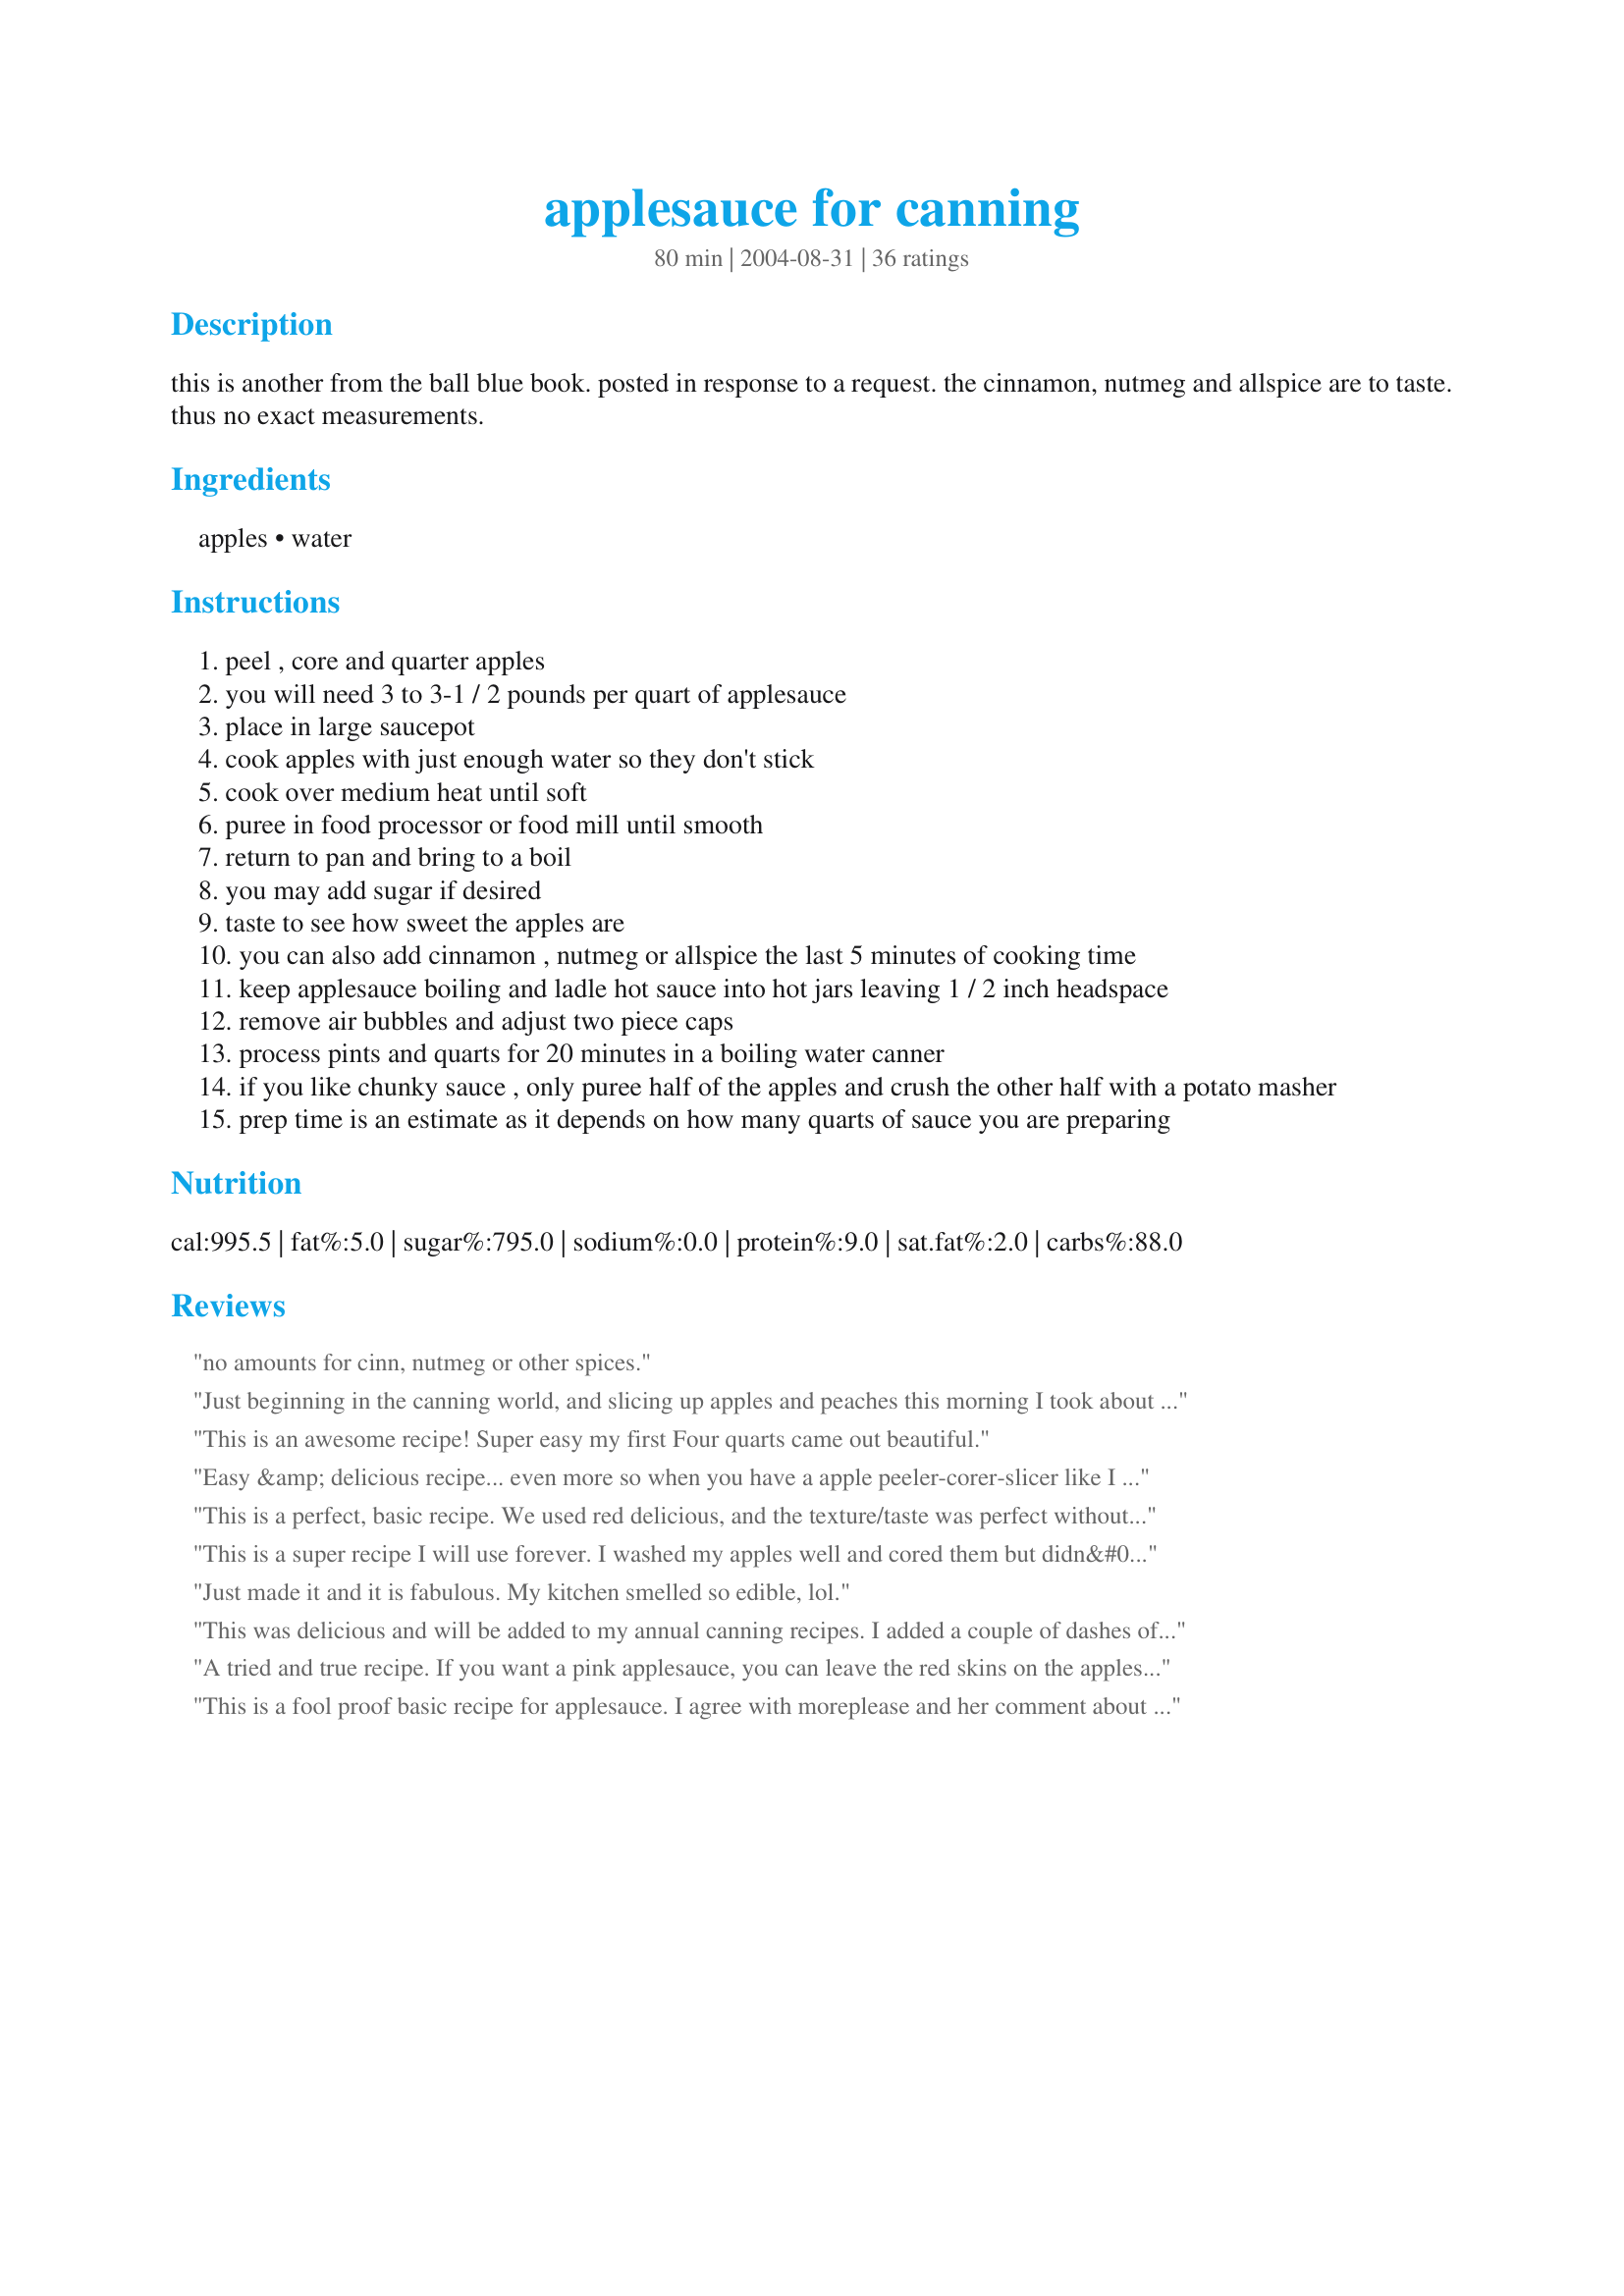
applesauce for canning
Preparation time: 80 minutes

this is another from the ball blue book. posted in response to a request. the cinnamon, nutmeg and allspice are to taste. thus no exact measurements.

Ingredients:
apples, water

Steps:
peel , core and quarter apples
you will need 3 to 3-1 / 2 pounds per quart of applesauce
place in large saucepot
cook apples with just enough water so they don't stick
cook over medium heat until soft
puree in food processor or food mill until smooth
return to pan and bring to a boil
you may add sugar if desired
taste to see how sweet the apples are
you can also add cinnamon , nutmeg or allspice the last 5 minutes of cooking time
keep applesauce boiling and ladle hot sauce into hot jars leaving 1 / 2 inch headspace
remove air bubbles and adjust two piece caps
process pints and quarts for 20 minutes in a boiling water canner
if you like chunky sauce , only puree half of the apples and crush the other half with a potato masher
prep time is an estimate as it depends on how many quarts of sauce you are preparing

Reviews:
no amounts for cinn, nutmeg or other spices.
Just beginning in the canning world, and slicing up apples and peaches this morning I took about 3 lbs of the mix and just started boiling while I was doing other things...and I found this recipe. I had already put in sugar, allspice, cinnamon &amp; pumpkin pie spice, almond &amp; vanilla extract, and my kitchen smells amazing! This recipe helps me know I'm on the right track and my jars are set to boil, thank you for a great and easy recipe I could already use!!!
This is an awesome recipe! Super easy my first Four quarts came out beautiful.
Easy &amp; delicious recipe... even more so when you have a apple peeler-corer-slicer like I found at a yard sale for $3.00! Added a small amount of sugar because apples required it and now have several quarts of beautiful homemade applesauce. Thanks!
This is a perfect, basic recipe. We used red delicious, and the texture/taste was perfect without added sugar. As others have stated, add cinnamon and nutmeg to your personal taste. Thank you for posting, this walked me through, and I'm a very inexperienced canner!
This is a super recipe I will use forever. I washed my apples well and cored them but didn&#039;t peal them. I had a large 12 QT soup pan with a heavy bottom full of apples. I added about 2&quot; of organic apple juice. I cooked them all down for about 30 minutes on med/high. I use the grill spatula with a long handle to scrape the bottom and mix every 5-7 minutes. I then put them through a food mill sieve. I did add some sugar, cinnamon and nutmeg according to taste. They canned beautifully. So so good!
Just made it and it is fabulous. My kitchen smelled so edible, lol.
This was delicious and will be added to my annual canning recipes. I added a couple of dashes of apple pie spice and sugar to taste (about 1/2 to 3/4 cup) and it was wonderful! DH and I are looking forward to making more of this.
A tried and true recipe. If you want a pink applesauce, you can leave the red skins on the apples while processing and then put them through a food mill. This time 13 lbs of McIntosh apples yielded me exactly 10 pint jars. Thanks for posting this keeper from the Ball Blue Book, JillAZ! [Made for Think Pink tag event]
This is a fool proof basic recipe for applesauce. I agree with moreplease and her comment about not following directions and then giving 3 stars. That is unfair. The Ball Blue Book is pretty much the bible for canning and preserving and I have had great luck with this same recipe for years! I do not peel the apples as I feel that is the best part. When you cook them until very tender and put them through a Foley food mill, it will not have chunks. As far as the amount of sugar, it depends on the apples. Simply add more if you desire sweeter sauce or you have a tart apple. You can always add a little more at a time with spices, too. Do not be afraid to try this recipe. It really is great. When you taste this sauce and compare it to watered down store bought applesauce, you will be amazed at how simple and how delicious it is. Canning is truly rewarding and FUN.
This recipe was very good, i used apples from wild apple trees, just went by my judgement on the taste of how much sugar and cinnamon. I always start with a little,you can always add more. Consistency was perfect. If it seems like its going to be to thin then you can drain a little of the water out before blending the apples. This is a recipe you can adjust to the way you want it. This was actually the first time i made applesauce and seeing how easy it was and how good it turned out,I won&#039;t ever by store bought again.
I love my apple sauce. First time I've made it and it's &quot;DELISH&quot; There are some things in this recipe (or not stated in the recipe) that's just plain common sense. I would of never thought of nutmeg. Sugar, cinnamon and nutmeg made my apple sauce very tasty. Better then store bought!
In my opinion the simpler a recipe like this the better...and this one is simple. This recipe is excellent for it says everything you need without any frill or complications.
I made this and my family loved it, but I didn't remove all the skins and the children found it to crunchy!
This is an incredibly AWESOME recipe and the only one I will use from now on. I am in LOVE, LOVE, LOVE with the flavor and I am super picky! Thank you!
We made 9 quarts, and will make more! We only used half a bushel of apples from the orchard down the road. I love the feeling of knowing exactly what is in it......fresh wholesome ingredients and no added sugar.
Love it!!! This was my first attempt to make apple sauce and it is so good!!!! I added 2 1/2 tbsps lemon juice to help keep the apples color.I didn't add spices or sugar. The flavor was great on it's own. I will be making some with cinnamon for baking. I followed the rest of the instructions exactly. What a wonderful way to use up my abundance of apples!!! I'll never buy apple sauce again. Thanks for posting.
I have canned applesuace for my family for years using this same simple recipe. I do add a little sugar only becasue I use tart Jonathan apples. Use a potato masher instead of a food processor......chunky applesauce is that way to go!!!
This is a very great recipe and have been canning up the sauce to later make it into apple butter. I added a little less sugar since I like the tartness, but each to their own taste.
I love how people don't follow the directions but give only 3 stars! The directions say to peel....that isn't the recipe writers fault. As far as amounts for cinnamon, nutmeg or other spices, you would need to do that on taste. I personally would add some sugar....and the amount would be dependent on the taste of the apples. You would need to taste test it. It is disappointing to other recipe searchers to see a perfectly good recipe only receive 3.5 stars, because of cook's error or stupidity. I am sorry for ranting. I almost didn't look at this recipe for the stars. I am going apple picking tomorrow and I will try this recipe out!! Thanks for sharing!
This is great I had no idea it would be so easy to make homemade applesauce and you don&#039;t have to add sugar or cornsyrup like the store bought stuff. I like to use it in baking and this makes it cheaper . Thanks for the recipe. I usually do just a few pint jars at a time because I don&#039;t have a big canner but this is great. I have to try making apple butter too.
Great recipe! So easy! I made 9 lbs of apples which made 3 quarts exactly! No need to use sugar with the sweetness that comes from MacIntosh, Granny Smith, and Rome. Added Cinnamon, Allspice, and Nutmeg. Major hit the family! I will definitely be making more!
This is a perfect basic recipe. My applesauce came out perfect! For those who rated it low due to it not having amount of spice to add, skins in sauce, etc., you sound like you really need to do a little *basic* research on canning! No offense, I am novice, too, but I did my research. And the Ball Blue book is a classic.&lt;br/&gt;&lt;br/&gt;As far as the skins, leave them on, and cook til soft. When the apples are so soft that a wooden spoon will mash them, and the skins separate, they are ready. Then, run through a food mill or chinois sieve. If you don&#039;t know what these are, then you need to put the canning supplies away and get educated first before trying out these recipes.&lt;br/&gt;&lt;br/&gt;As far as spices- get real!!! Add to taste. That simple. Start with a tiny amount, taste and then add more if needed. People!!! &lt;br/&gt;&lt;br/&gt;Ok- I am off my rant, too. But this is a five star recipe and I hope my vote will help cancel out those votes of clueless people. Off soap box.
I used the recipe with a bit of variation. I added 4 diff. kinds of apples, but left the peels on the red ones. I did about a peck of apples, added r cups of water to an 8 qt. soup pan full of apples. When they were cooked down, I ran it through my grandma's conical food mill. then put back on the stoive, added my sugar to taste and cinnamon to taste. I even added about 20 cinnamon cancookie decoration cinnamon dots. Leaving the skin on the red apples gives it more of a pinkish color. I'm ready to ladle it into jars. Tastes &amp; smells wonderfu.
I have made this recipe for three years running now. Every time it comes out perfect. The only change I make is after I run the cooked apples through the food processor, I add a bag of hard cinnamon candy (such as red hots). This gives it a nice pink color and a taste of cinnamon. If this recipe was any easier, it would make itself.
Did anyone use apple cider instead of water? If I use that instead of water, can I still water bath it or do I have to pressure cook it? I love the flavoring, but can't find a recipe that clarifies this question. Thanks,
I made my apple sauce chunky. I used half white sugar and half brown sugar. I also added cinnamon, nutmeg and allspice. Next time I will just add the cinnamon and brown sugar. Made for Zaar Chef Alphabet Soup.
Perfect!
Just a note for novices...don't add too much water (like I did) or you'll be going at it all day adding more apples to thicken it up!
I am very new to canning could some one specify amount of water needed
Have been using this same recipe every fall...only I don't peal or core the apples just quarter them and run them though a canning sieve, saves work and waist. I also use this as my base for all apple jams, apple butters, and such.
I thought this was fantastic. I'm new to canning, so I'm sticking with basic, simple canning recipes right now, and this was as easy as they come. I made 1 quart to start with, and I used a trio of apples -- 1/3 Gala, 1/3 Fuji and 1/3 Honeycrisp apples, with only a touch of cinnamon. And I thought it produced a wonderfully tasty applesauce. Those are all sweet apple varieties, so it only took a touch (maybe 1/3 cup ??) of sugar to suit our taste preference. Thanks for posting this recipe, JillAZ.
Heavens to mergatroid this is easy. Heavens to Betsy it is delish!
Very good recipe..thanks JillAZ for posting! And I agree with other posters regarding those who give low ratings on a recipe after they've changed it or have disregarded the info/instructions..that pretty much undermines the rating system.
This is fantastic! Thanks for posting such an easy recipe. I took out my large electric turkey roaster to cook the apples down. I used my stick blender to puree. I added sugar and cinnamon to taste. Delicious!!! Unfortunately, one of my quart jars broke in the canner. So disappointed all that yummyness wasted.
I always start with apple cider or juice instead of water . This is the best recipe if you don't want super sweet sauce. I like it to taste like the apples.
Soooo good,
This is a delicious recipe for applesauce. I followed all the directions except I did not run it through a food processor but left it a little
chunky. I used Macintosh apples which are tart and cook up very nicely and the taste is divine! My adult grandson stopped by and he said it was the best applesauce he ever ate!!
